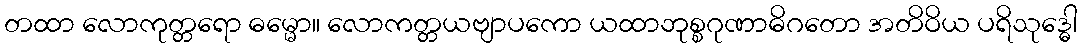
တထာ လောကုတ္တရော ဓမ္မော။ လောကတ္တယဗျာပကော ယထာဘုစ္စဂုဏာဓိဂတော အတိဝိယ ပရိသုဒ္ဓေါ